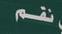
نغم